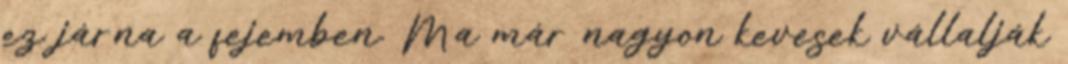
ez járna a fejemben. Ma már nagyon kevesek vállalják